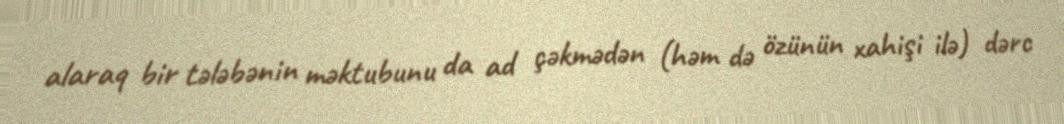
alaraq bir tələbənin məktubunu da ad çəkmədən (həm də özünün xahişi ilə) dərc